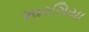
મારગિયા